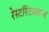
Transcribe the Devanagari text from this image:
रेस्टॉरंटवरून